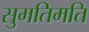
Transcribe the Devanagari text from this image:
सुमतिमति